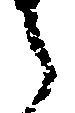
之